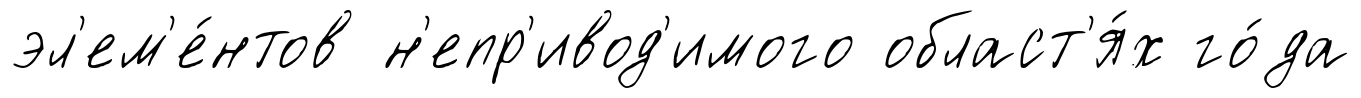
эл'ем'е́нтов н'епр'ивод'имого област'я́х го́да